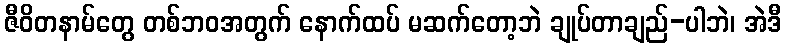
ဇီဝိတနာမ်တွေ တစ်ဘဝအတွက် နောက်ထပ် မဆက်တော့ဘဲ ချုပ်တာချည်-ပါဘဲ၊ အဲဒီ